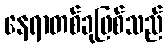
နေရာတစ်ခုဖြစ်သည်